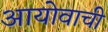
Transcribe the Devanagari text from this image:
आयोवाची